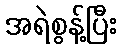
အရဲစွန့်ပြီး